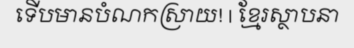
ទើបមានបំណកស្រាយ! | ខ្មែរស្ថាបនា